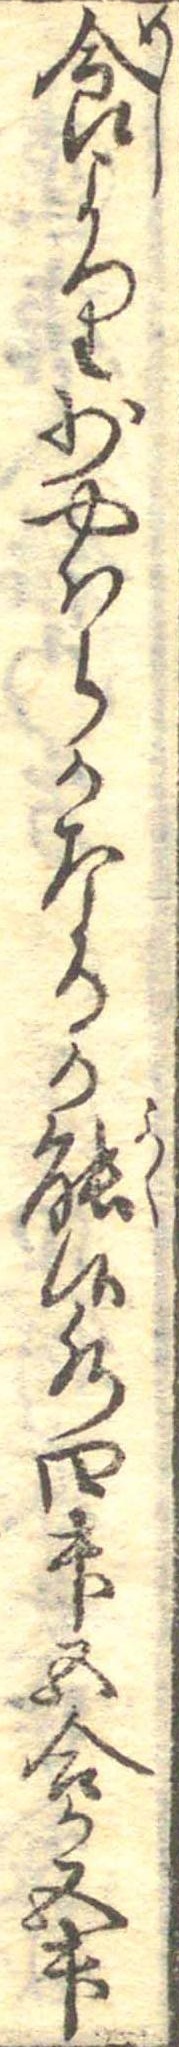
食より少やはらかなるか能候水四升五合か五升